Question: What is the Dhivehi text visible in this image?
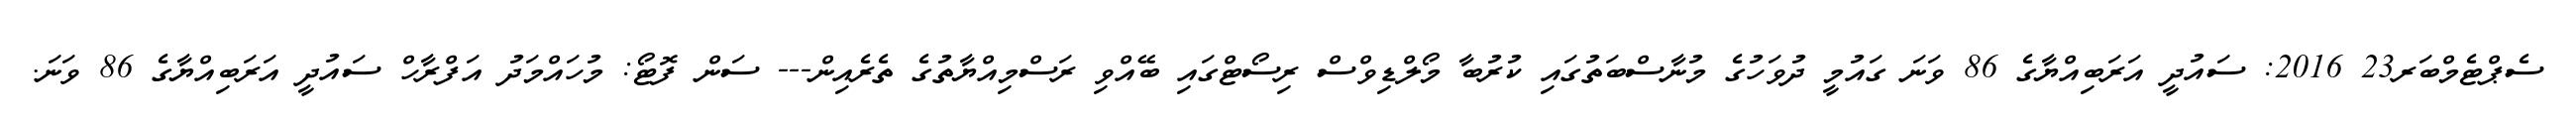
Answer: ސެޕްޓެމްބަރ23 2016: ސައުދީ އަރަބިއްޔާގެ 86 ވަނަ ގައުމީ ދުވަހުގެ މުނާސްބަތުގައި ކުރުބާ މޯލްޑިވްސް ރިސޯޓްގައި ބޭއްވި ރަސްމިއްޔާތުގެ ތެރެއިން--- ސަން ފޮޓޯ: މުހައްމަދު އަފްރާހް ސައުދީ އަރަބިއްޔާގެ 86 ވަނަ.